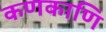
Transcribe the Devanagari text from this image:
कणकाणि